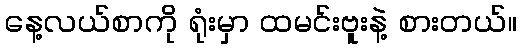
နေ့လယ်စာကို ရုံးမှာ ထမင်းဗူးနဲ့ စားတယ်။